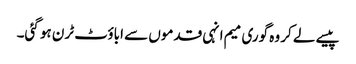
پیسے لے کر وہ گوری میم انہی قدموں سے اباؤٹ ٹرن ہو گئی۔